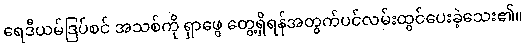
ရေဒီယမ်ဒြပ်စင် အသစ်ကို ရှာဖွေ တွေ့ရှိရန်အတွက်ပင်လမ်းထွင်ပေးခဲ့သေး၏။